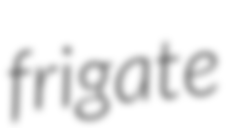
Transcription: frigate